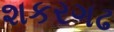
શકરગઢ